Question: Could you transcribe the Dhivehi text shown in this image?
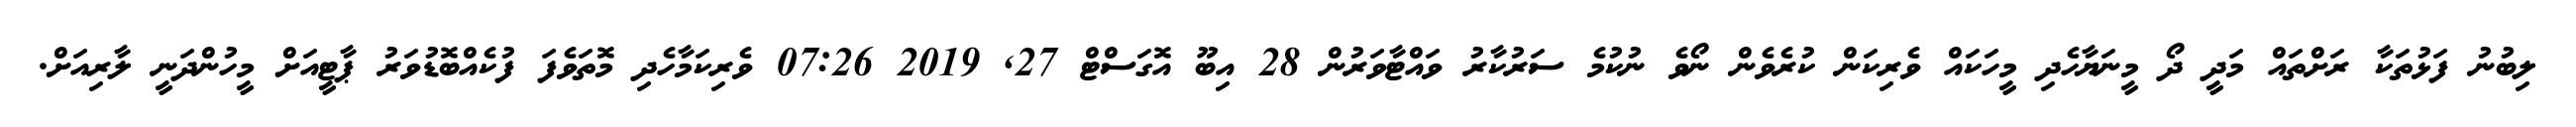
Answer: ލިބުނު ފަޅުތަކާ ރަށްތައް މަދީ ދޯ މީނަޔާހެދި މީހަކައް ވެރިކަން ކުރެވެން ނޯވެ ނުކުމެ ސަރުކާރު ވައްޓާވަރުން 28 އިބޫ އޮގަސްޓް 27, 2019 07:26 ވެރިކަމާހެދި މޮތަވެފަ ފުކެއްބޮޑުވަރު ޕާޓީއަށް މީހުންދަނީ ލާރިއަށް.